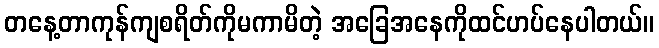
တနေ့တာကုန်ကျစရိတ်ကိုမကာမိတဲ့ အခြေအနေကိုထင်ဟပ်နေပါတယ်။